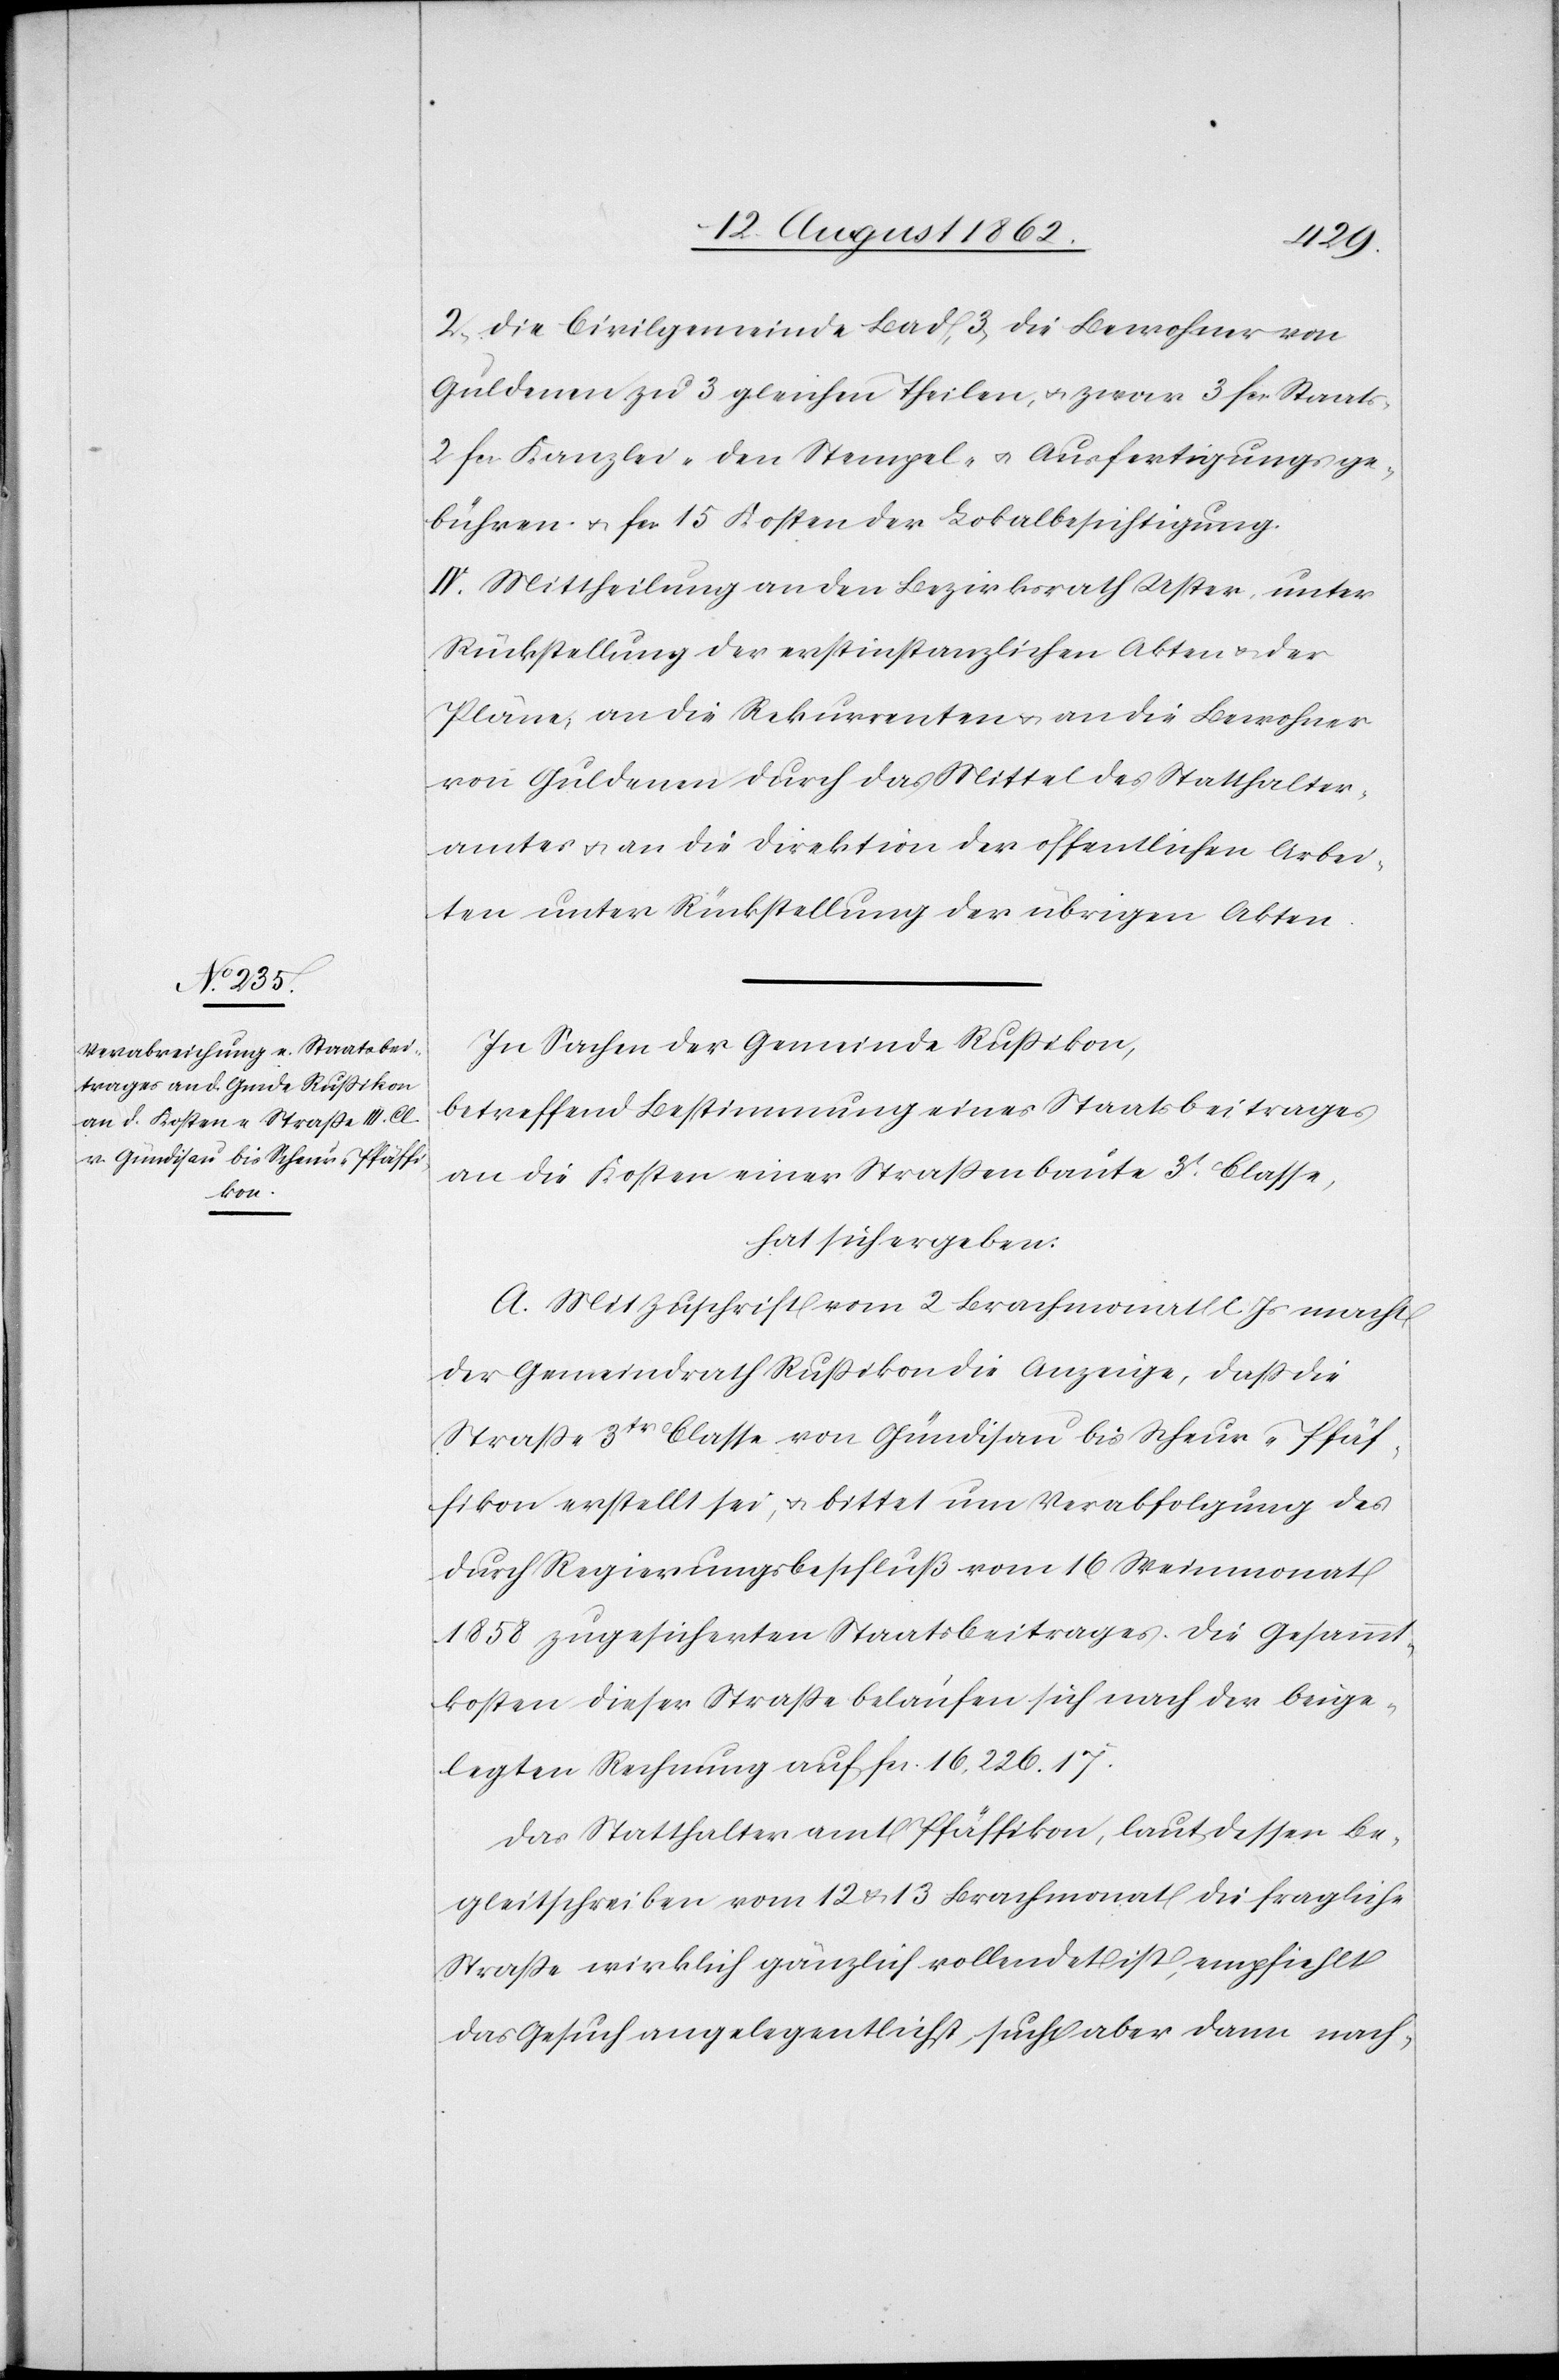
2. die Civilgemeinde Bad, 3. die Bewohner von
Guldenen zu 3 gleichen Theilen, u. zwar 3 fcs. Staats-[,]
2 fcs. Kanzlei-[,] den Stempel- u. Ausfertigungsge¬
bühren u. fcs. 15 Kosten der Lokalbesichtigung.
IV. Mittheilung an den Bezirksrath Uster, unter
Rückstellung der erstinstanzlichen Akten u. der
Pläne, an die Rekurrenten u. an die Bewohner
von Guldenen durch das Mittel des Statthalter¬
amtes u. an die Direktion der öffentlichen Arbei¬
ten unter Rückstellung der übrigen Akten.
In Sachen der Gemeinde Rußikon,
betreffend Bestimmung eines Staatsbeitrages
an die Kosten einer Straßenbaute 3t Classe,
hat sich ergeben:
A. Mit Zuschrift vom 2. Brachmonat l. Js. macht
der Gemeindrath Rußikon die Anzeige, daß die
Straße 3tr Classe von Gündisau bis Scheur-Pfäf¬
fikon erstellt sei, u. bittet um Verabfolgung des
durch Regierungsbeschluß vom 16. Weinmonat
1858 zugesicherten Staatsbeitrages. Die Gesammt¬
kosten dieser Straße belaufen sich nach der beige¬
legten Rechnung auf fcs. 16,266. 17.
Das Statthalteramt Pfäffikon, laut dessen Be¬
gleitschreiben vom 12. u. 13. Brachmonat die fragliche
Straße wirklich gänzlich vollendet ist, empfiehlt
das Gesuch angelegentlichst, sucht aber dann nach-